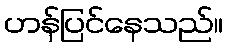
ဟန်ပြင်နေသည်။